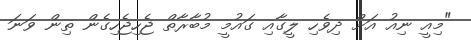
"މިއީ ނިއު އަށް ދިވެހި ލީގާއި ގައުމީ މުބާރާތް ޖެހިޖެހިގެން ތިން ވަނަ